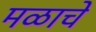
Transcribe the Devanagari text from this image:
मळाचे